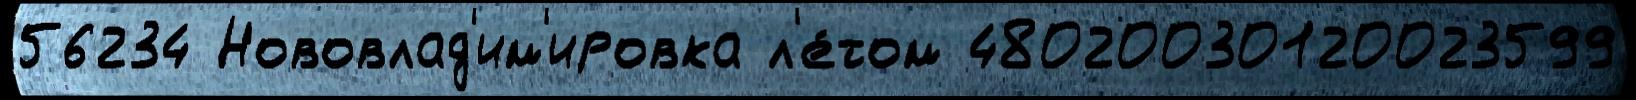
56234 Нововлад'им'ировка л'е́том 48020030120023599